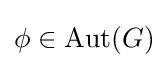
\phi \in {\text{Aut}}(G)